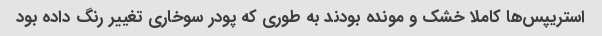
استریپس‌ها کاملا خشک و مونده بودند به طوری که پودر سوخاری تغییر رنگ داده بود